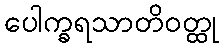
ပေါက္ခရသာတိဝတ္ထု